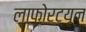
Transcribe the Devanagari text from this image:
लाफोरट्यून